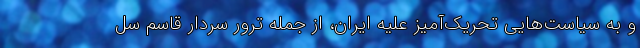
و به سیاست‌هایی تحریک‌آمیز علیه ایران، از جمله ترور سردار قاسم سل